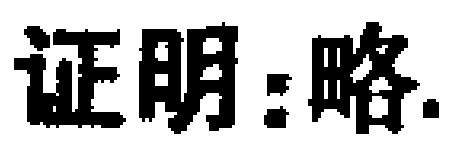
证明：略.